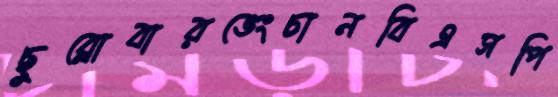
ছুব্‌লোবারভেংচানবিএসপি